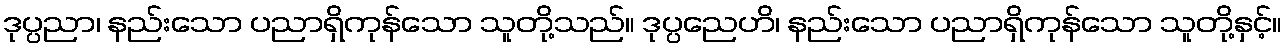
ဒုပ္ပညာ၊ နည်းသော ပညာရှိကုန်သော သူတို့သည်။ ဒုပ္ပညေဟိ၊ နည်းသော ပညာရှိကုန်သော သူတို့နှင့်။